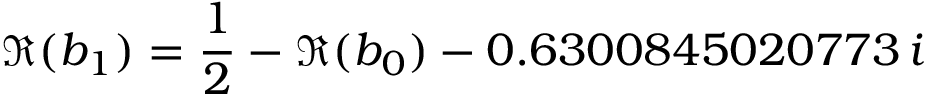
\Re ( b _ { 1 } ) = \frac { 1 } { 2 } - \Re ( b _ { 0 } ) - 0 . 6 3 0 0 8 4 5 0 2 0 7 7 3 \, i